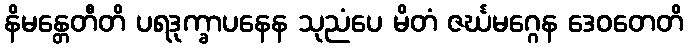
နိမန္တေတီတိ ပရဒုက္ခာပနေန သုညံပေ မိတံ ဇင်္ဃမဂ္ဂေန ဒေဝတေတိ